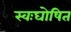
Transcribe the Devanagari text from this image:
स्वःघोषित